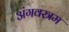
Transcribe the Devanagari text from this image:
अंगवस्त्रम